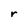
Character: r